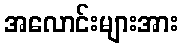
အလောင်းများအား